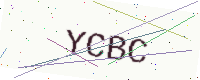
Text: YCBC